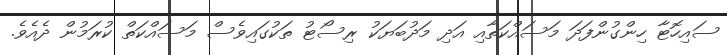
ސައިހޮޓާ ހިންގުންފަދަ މަސައްކަތާއި އަދި މަދުބަޔަކު ރިސޯޓު ތަކުގައިވެސް މަސައްކަތް ކުރަމުން ދެއެވެ.